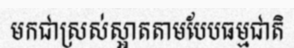
មកជាស្រស់ស្អាតតាមបែបធម្មជាតិ